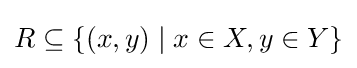
R\subseteq \{(x,y)\mid x\in X,y\in Y\}